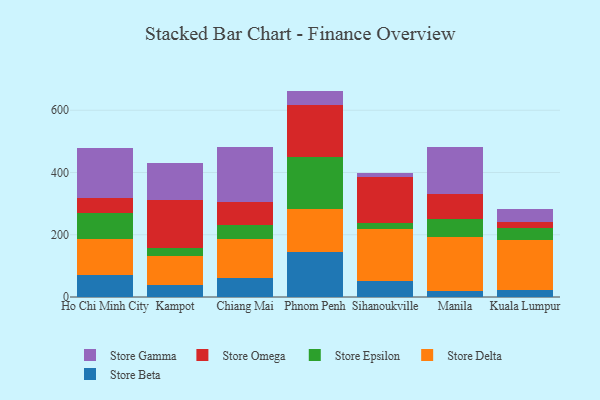
{"axis": {"x": "City", "y": "Market Share (%)"}, "legend": ["Store Beta", "Store Delta", "Store Epsilon", "Store Gamma", "Store Omega"], "data": [{"x": "Ho Chi Minh City", "y": 69.6, "type": "Store Beta"}, {"x": "Ho Chi Minh City", "y": 117.8, "type": "Store Delta"}, {"x": "Ho Chi Minh City", "y": 84.1, "type": "Store Epsilon"}, {"x": "Ho Chi Minh City", "y": 45.7, "type": "Store Omega"}, {"x": "Ho Chi Minh City", "y": 160.3, "type": "Store Gamma"}, {"x": "Kampot", "y": 39.4, "type": "Store Beta"}, {"x": "Kampot", "y": 91.7, "type": "Store Delta"}, {"x": "Kampot", "y": 25.5, "type": "Store Epsilon"}, {"x": "Kampot", "y": 155.6, "type": "Store Omega"}, {"x": "Kampot", "y": 118.1, "type": "Store Gamma"}, {"x": "Chiang Mai", "y": 60.7, "type": "Store Beta"}, {"x": "Chiang Mai", "y": 126.9, "type": "Store Delta"}, {"x": "Chiang Mai", "y": 44.0, "type": "Store Epsilon"}, {"x": "Chiang Mai", "y": 73.3, "type": "Store Omega"}, {"x": "Chiang Mai", "y": 175.6, "type": "Store Gamma"}, {"x": "Phnom Penh", "y": 144.0, "type": "Store Beta"}, {"x": "Phnom Penh", "y": 139.8, "type": "Store Delta"}, {"x": "Phnom Penh", "y": 165.6, "type": "Store Epsilon"}, {"x": "Phnom Penh", "y": 166.5, "type": "Store Omega"}, {"x": "Phnom Penh", "y": 46.5, "type": "Store Gamma"}, {"x": "Sihanoukville", "y": 51.8, "type": "Store Beta"}, {"x": "Sihanoukville", "y": 167.2, "type": "Store Delta"}, {"x": "Sihanoukville", "y": 20.0, "type": "Store Epsilon"}, {"x": "Sihanoukville", "y": 147.6, "type": "Store Omega"}, {"x": "Sihanoukville", "y": 12.2, "type": "Store Gamma"}, {"x": "Manila", "y": 19.1, "type": "Store Beta"}, {"x": "Manila", "y": 173.7, "type": "Store Delta"}, {"x": "Manila", "y": 58.3, "type": "Store Epsilon"}, {"x": "Manila", "y": 78.6, "type": "Store Omega"}, {"x": "Manila", "y": 153.4, "type": "Store Gamma"}, {"x": "Kuala Lumpur", "y": 23.6, "type": "Store Beta"}, {"x": "Kuala Lumpur", "y": 158.5, "type": "Store Delta"}, {"x": "Kuala Lumpur", "y": 39.9, "type": "Store Epsilon"}, {"x": "Kuala Lumpur", "y": 19.6, "type": "Store Omega"}, {"x": "Kuala Lumpur", "y": 39.8, "type": "Store Gamma"}]}